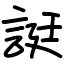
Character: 誔